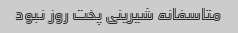
متاسفانه شیرینی پخت روز نبود